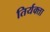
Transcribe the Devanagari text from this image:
तिर्यक्ता